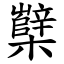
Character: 櫱